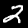
Label: 2